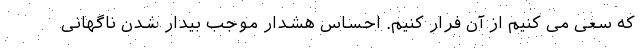
که سعی می کنیم از آن فرار کنیم. احساس هشدار موجب بیدار شدن ناگهانی